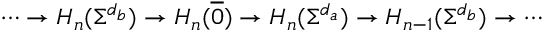
\begin{array} { r } { \cdots \to H _ { n } ( \Sigma ^ { d _ { b } } ) \to H _ { n } ( \overline { { 0 } } ) \to H _ { n } ( \Sigma ^ { d _ { a } } ) \to H _ { n - 1 } ( \Sigma ^ { d _ { b } } ) \to \cdots } \end{array}